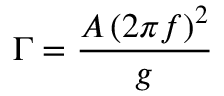
\Gamma = \frac { A \left( 2 \pi f \right) ^ { 2 } } { g }